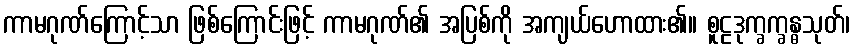
ကာမဂုဏ်ကြောင့်သာ ဖြစ်ကြောင်းဖြင့် ကာမဂုဏ်၏ အပြစ်ကို အကျယ်ဟောထား၏။ စူဠဒုက္ခက္ခန္ဓသုတ်၊